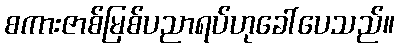
စကားဇာစ်မြစ်ပညာရပ်ဟုခေါ်ပေသည်။